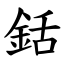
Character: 銛